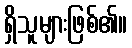
ရှိသူများဖြစ်၏။